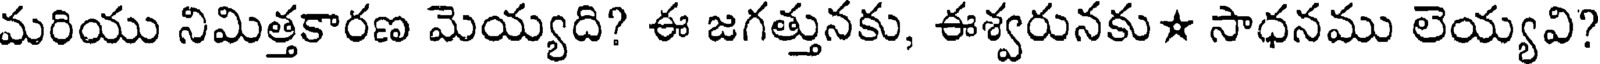
మరియు నిమిత్తకారణ మెయ్యది? ఈ జగత్తునకు, ఈశ్వరునకు# సాధనము లెయ్యవి?